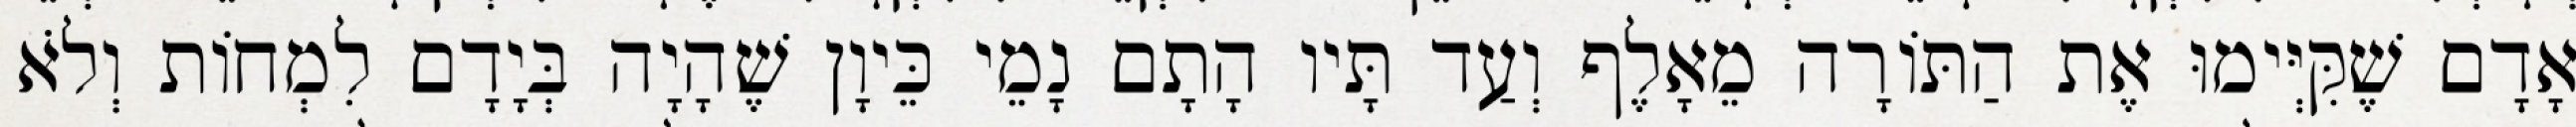
אָדָם שֶׁקִּיְּימוּ אֶת הַתּוֹרָה מֵאָלֶף וְעַד תָּיו הָתָם נָמֵי כֵּיוָן שֶׁהָיָה בְּיָדָם לִמְחוֹת וְלֹא